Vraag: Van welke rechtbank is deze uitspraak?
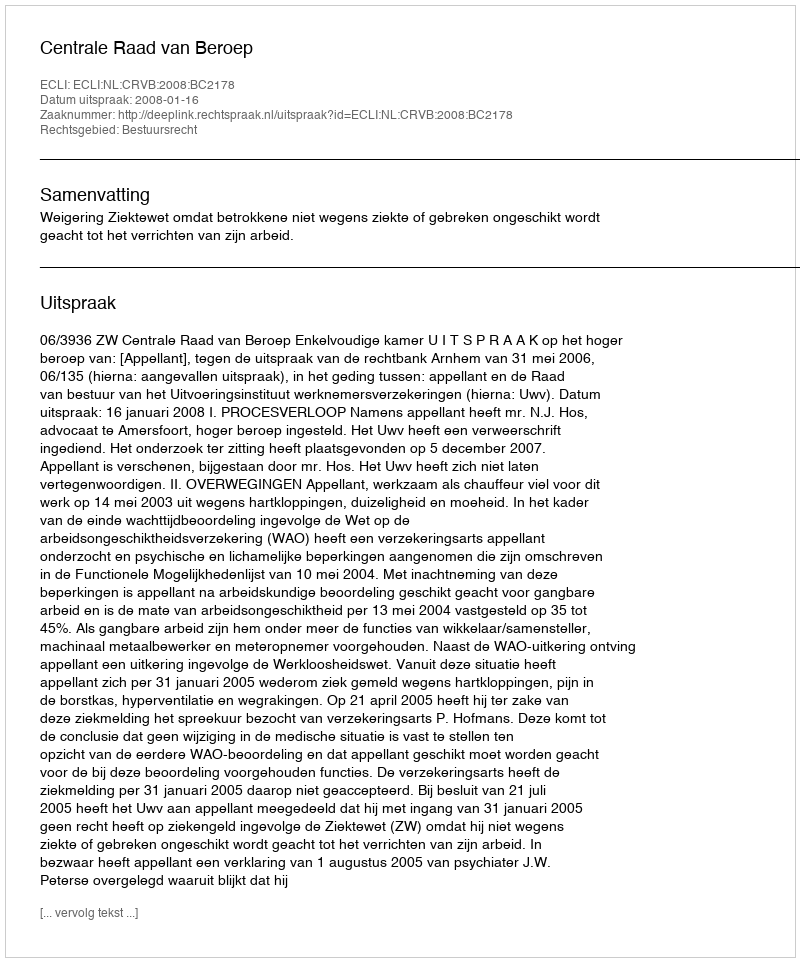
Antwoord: Centrale Raad van Beroep